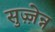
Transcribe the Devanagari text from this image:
सुज़्ज़ेन्न